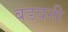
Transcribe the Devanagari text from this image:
बडवनी